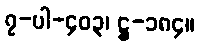
၇-ပါ-၄၀၃၊ ဋ္ဌ-၁၈၄။